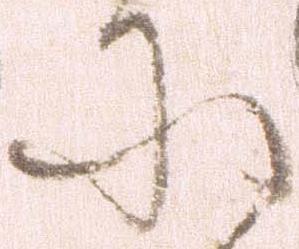
に